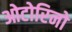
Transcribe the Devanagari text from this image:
ओटोरिनो